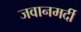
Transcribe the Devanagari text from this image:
जवानमर्दी